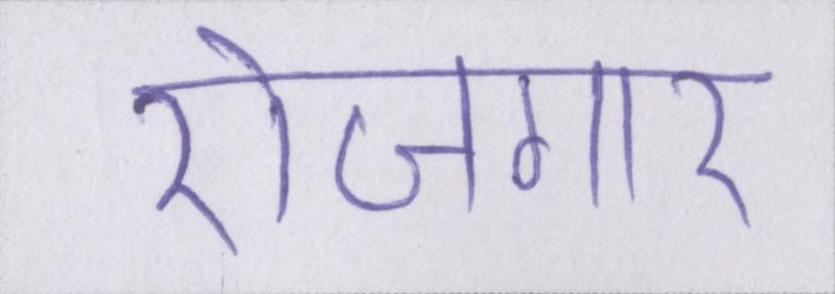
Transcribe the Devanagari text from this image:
रोजगार